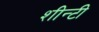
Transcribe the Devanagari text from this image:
शीन्टी